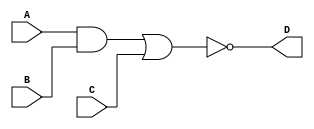
`timescale 1ns / 1ps

module First_Boolean_Function_b(
    input A,
    input B,
    input C,
    output D
    );
    
    assign D = ~((A & B) | C);
endmodule